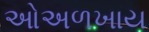
ઓઅળખાય